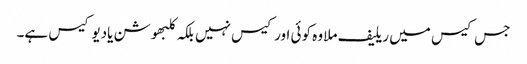
جس کیس میں ریلیف ملا وہ کوئی اور کیس نہیں بلکہ کلبھوشن یادیو کیس ہے۔